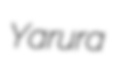
Yarura